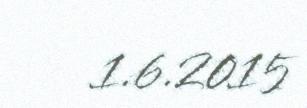
1.6.2015